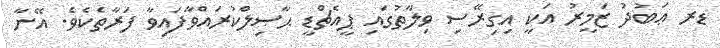
ޑރ ޢަބުދު ޒަމީރު އަކީ އިގިރޭސި ވިލާތުގައި ޕީއެޗްޑީ ޙާޞިލްކުރައްވާފައިވާ ފަރާތެކެވެ. އޭނާ